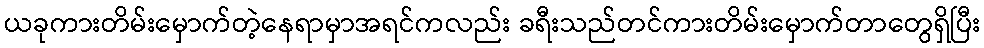
ယခုကားတိမ်းမှောက်တဲ့နေရာမှာအရင်ကလည်း ခရီးသည်တင်ကားတိမ်းမှောက်တာတွေရှိပြီး